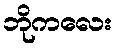
ဘိုကလေး